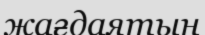
жағдаятын